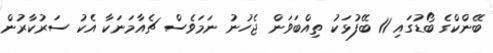
ބޭންކްގެ ބޯޑުގައި 11 ބޭފުޅަކު ތިއްބަވަން ޖެހުނު ނަމަވެސް ޗެއާމަނަކާ އެކު ސަރުކާރުން